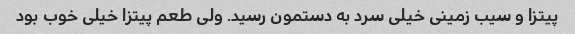
پیتزا و سیب زمینی خیلی سرد به دستمون رسید. ولی طعم پیتزا خیلی خوب بود